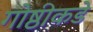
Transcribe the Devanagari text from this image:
गोष्ठीकडे